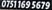
0751 169 5679